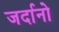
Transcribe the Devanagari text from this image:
जर्दानो